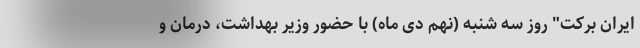
ایران برکت" روز سه شنبه (نهم دی ماه) با حضور وزیر بهداشت، درمان و